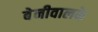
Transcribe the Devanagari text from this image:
बेनीवालके